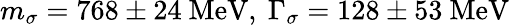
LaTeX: m_{\sigma}=768\pm 24\ \mathrm{MeV},\ \Gamma_{\sigma}=128\pm 53\ \mathrm{MeV}